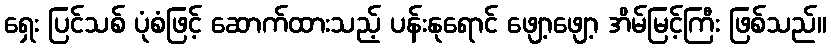
ရှေး ပြင်သစ် ပုံစံဖြင့် ဆောက်ထားသည့် ပန်းနုရောင် ဖျော့ဖျော့ အိမ်မြင့်ကြီး ဖြစ်သည်။